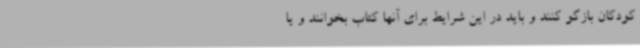
کودکان بازگو کنند و باید در این شرایط برای آنها کتاب بخوانند و یا